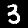
Digit: 3